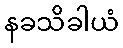
နခသိခါယံ